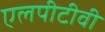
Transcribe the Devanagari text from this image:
एलपीटीवी